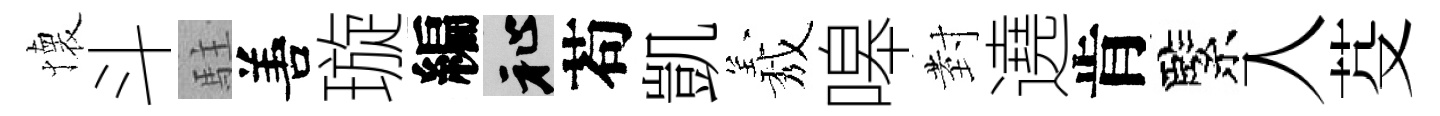
懐斗駐𠵊璇編祉苟凱𦏁嗥𭔹遶肯緊入芟